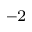
^ { - 2 }